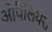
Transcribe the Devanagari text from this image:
ओपैलियस